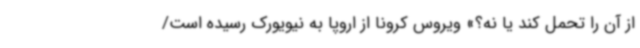
از آن را تحمل کند یا نه؟» ویروس کرونا از اروپا به نیویورک رسیده است/